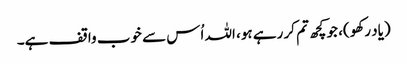
(یاد رکھو)، جو کچھ تم کر رہے ہو، اللہ اُس سے خوب واقف ہے۔